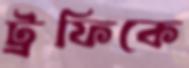
ট্রফিকে